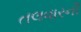
તલવારની